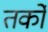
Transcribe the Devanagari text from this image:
तर्काें